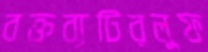
বক্তব্যটিরলুফ